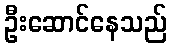
ဦးဆောင်နေသည်